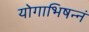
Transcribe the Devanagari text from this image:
योगाभिषन्नं